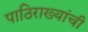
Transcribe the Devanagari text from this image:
पाठिराख्यांची